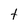
Character: t